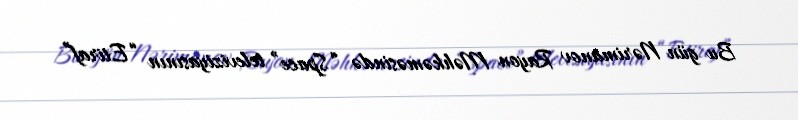
Bu gün Nərimanov Rayon Məhkəməsində “Space” televiziyasının “Etiraf”